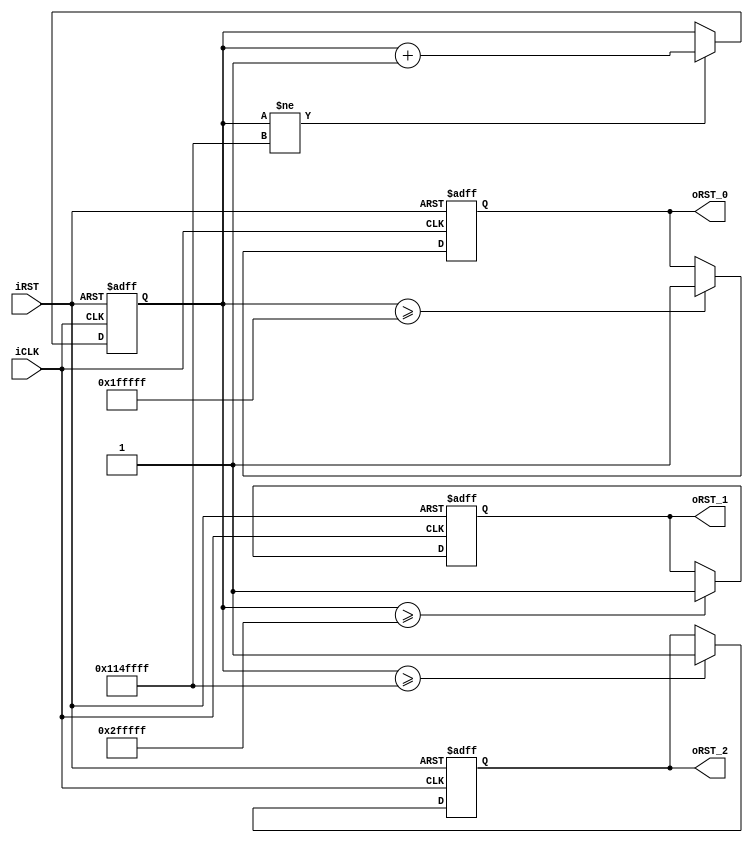
module	Reset_Delay(iCLK,iRST,oRST_0,oRST_1,oRST_2);
input		iCLK;
input		iRST;
output reg	oRST_0;
output reg	oRST_1;
output reg	oRST_2;

reg	[31:0]	Cont;

always@(posedge iCLK or negedge iRST)
begin
	if(!iRST)
	begin
		Cont	<=	0;
		oRST_0	<=	0;
		oRST_1	<=	0;
		oRST_2	<=	0;
	end
	else
	begin
		if(Cont!=32'h114FFFF)
		Cont	<=	Cont+1;
		if(Cont>=32'h1FFFFF)
		oRST_0	<=	1;
		if(Cont>=32'h2FFFFF)
		oRST_1	<=	1;
		if(Cont>=32'h114FFFF)
		oRST_2	<=	1;
	end
end

endmodule